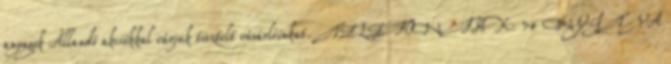
anyagok Állandó akciókkal várjuk tisztelt vásárlóinkat. TELEFON FAX: 74 NYITVA